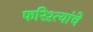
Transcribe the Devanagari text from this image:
फरिश्त्यांचे